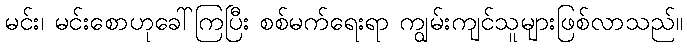
မင်း၊ မင်းစောဟုခေါ်ကြပြီး စစ်မက်ရေးရာ ကျွမ်းကျင်သူများဖြစ်လာသည်။